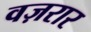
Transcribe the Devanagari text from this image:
वज़रार